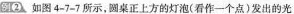
例2 如图4-7-7所示，圆桌正上方的灯泡(看作一个点)发出的光